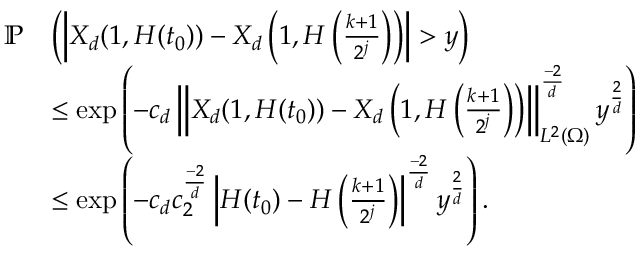
\begin{array} { r l } { \mathbb { P } } & { \left( \left| X _ { d } ( 1 , H ( t _ { 0 } ) ) - X _ { d } \left( 1 , H \left( \frac { k + 1 } { 2 ^ { j } } \right) \right) \right| > y \right) } \\ & { \leq \exp \left( - c _ { d } \left\| X _ { d } ( 1 , H ( t _ { 0 } ) ) - X _ { d } \left( 1 , H \left( \frac { k + 1 } { 2 ^ { j } } \right) \right) \right\| _ { L ^ { 2 } ( \Omega ) } ^ { \frac { - 2 } { d } } y ^ { \frac { 2 } { d } } \right) } \\ & { \leq \exp \left( - c _ { d } c _ { 2 } ^ { \frac { - 2 } { d } } \left| H ( t _ { 0 } ) - H \left( \frac { k + 1 } { 2 ^ { j } } \right) \right| ^ { \frac { - 2 } { d } } y ^ { \frac { 2 } { d } } \right) . } \end{array}